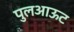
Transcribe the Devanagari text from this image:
पुलआऊट